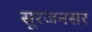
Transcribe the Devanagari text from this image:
सूरजनसर